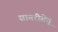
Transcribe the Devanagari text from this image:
सागरीसेतू